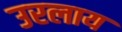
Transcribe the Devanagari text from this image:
उरलाय